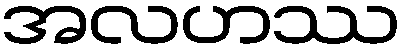
အလဟဿ